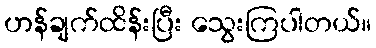
ဟန်ချက်ထိန်းပြီး သွေးကြပါတယ်။